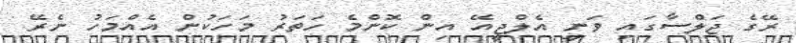
ރޭގެ ޖަލްސާގައި ވަނީ އެލްޖީއޭ އިން ކޮންމެ ހަތަރު މަހަކުން އެއްމަހު ނެރޭ